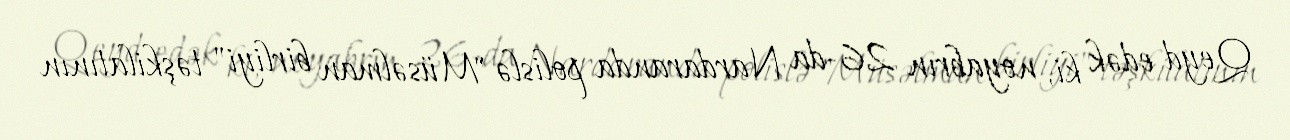
Qeyd edək ki, noyabrın 26-da Nardaranda polislə "Müsəlman birliyi" təşkilatının